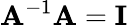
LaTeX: \mathbf{A}^{-1}\mathbf{A}=\mathbf{I}